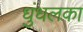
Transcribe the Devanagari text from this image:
धुंधलका